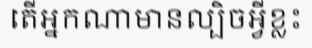
តើអ្នកណាមានល្បិចអ្វីខ្លះ